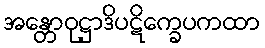
အန္တောဝုဋ္ဌာဒိပဋိက္ခေပကထာ